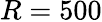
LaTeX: R=500